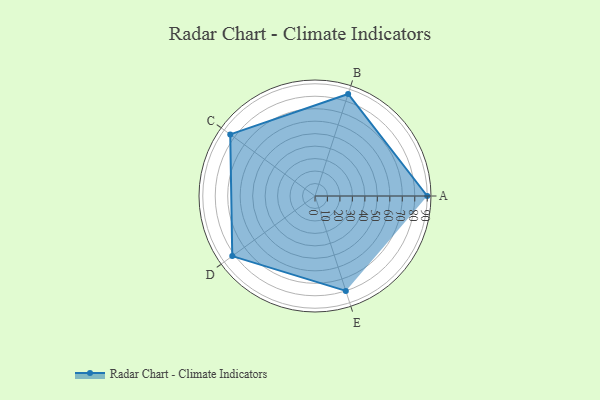
{"axis": {"x": "Skill", "y": "Score"}, "legend": ["Profile"], "data": [{"x": "A", "y": 90.0, "type": "Profile"}, {"x": "B", "y": 86.0, "type": "Profile"}, {"x": "C", "y": 84.0, "type": "Profile"}, {"x": "D", "y": 82.0, "type": "Profile"}, {"x": "E", "y": 80.0, "type": "Profile"}]}